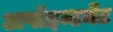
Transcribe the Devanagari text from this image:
अपॉइन्टमेंट